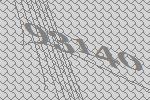
93140